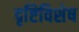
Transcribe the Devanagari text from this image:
दृष्टिविशेष